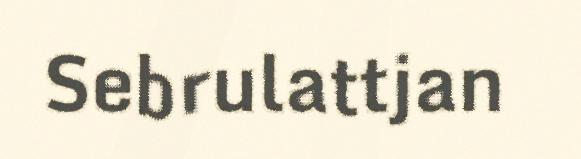
Sebrulattjan